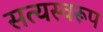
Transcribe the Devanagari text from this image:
सत्‍यस्‍वरूप